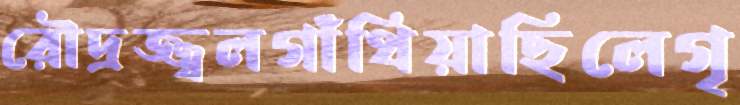
রৌদ্রজ্জ্বলগাঁথিয়াছিলেগৃ